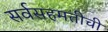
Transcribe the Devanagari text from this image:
सर्वसहमतीची